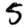
Digit: 5